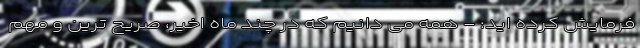
فرمایش کرده اید: - همه می دانیم که در چند ماه اخیر، صریح ترین و مهم